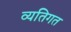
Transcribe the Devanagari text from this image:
व्यतिगत